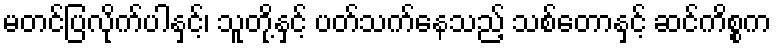
မတင်ပြလိုက်ပါနှင့်၊ သူတို့နှင့် ပတ်သက်နေသည့် သစ်တောနှင့် ဆင်ကိစ္စက